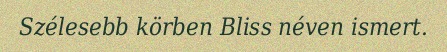
Szélesebb körben Bliss néven ismert.